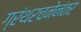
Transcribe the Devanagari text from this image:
ग्रंथरचनेनंतर